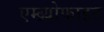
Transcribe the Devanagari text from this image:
एम्ब्र्योफाइट